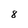
Character: 8